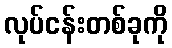
လုပ်ငန်းတစ်ခုကို